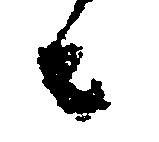
者